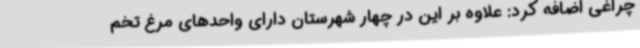
چراغی اضافه کرد: علاوه بر این در چهار شهرستان دارای واحدهای مرغ تخم